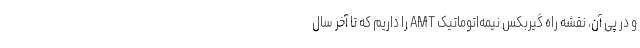
و در پی آن، نقشه راه گیربکس نیمه‌اتوماتیک AMT را داریم که تا آخر سال